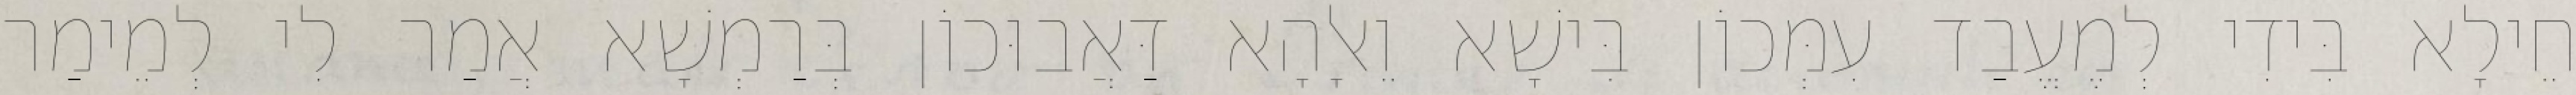
חֵילָא בִּידִי לְמֶעֱבַד עִמְּכוֹן בִּישָׁא וֵאלָהָא דַּאֲבוּכוֹן בְּרַמְשָׁא אֲמַר לִי לְמֵימַר